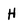
Character: H